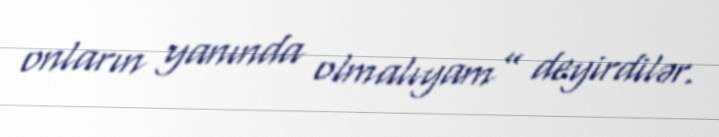
onların yanında olmalıyam” deyirdilər.